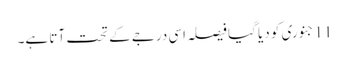
11جنوری کو دیا گیا فیصلہ اسی درجے کے تحت آتا ہے۔